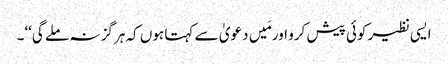
ایسی نظیر کوئی پیش کرو اور مَیں دعویٰ سے کہتا ہوں کہ ہرگز نہ ملے گی‘‘۔